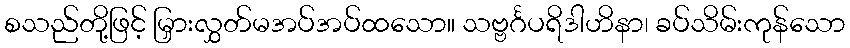
စသည်တို့ဖြင့် မြှားလွှတ်မအပ်အပ်ထသော။ သဗ္ဗင်္ဂပရိဒါဟိနာ၊ ခပ်သိမ်းကုန်သော